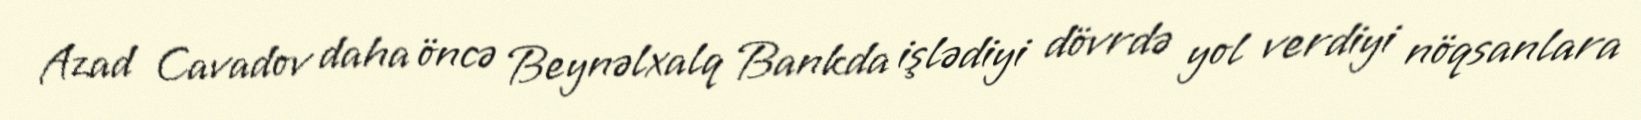
Azad Cavadov daha öncə Beynəlxalq Bankda işlədiyi dövrdə yol verdiyi nöqsanlara